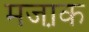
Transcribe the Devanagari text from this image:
मजा़क